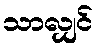
သာလျှင်